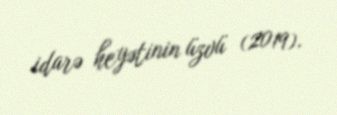
idarə heyətinin üzvü (2019).